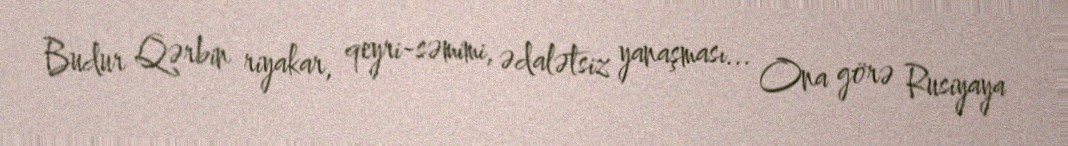
Budur Qərbin riyakar, qeyri-səmimi, ədalətsiz yanaşması... Ona görə Rusiyaya